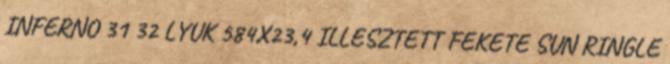
INFERNO 31 32 LYUK 584X23,4 ILLESZTETT FEKETE SUN RINGLE